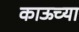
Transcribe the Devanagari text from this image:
काऊच्या